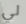
لي